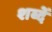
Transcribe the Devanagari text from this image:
शब्दें